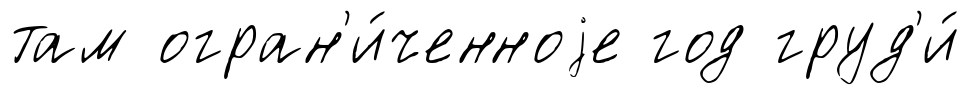
там огран'и́ченноjе год груд'и́